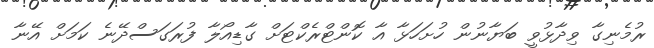
ރުމެނިގާ ވިދާޅުވީ ބަޔާނުން ހުށަހަޅާ އާ ކޮންޓްރެކްޓަށް ގާޑިއޯލާ ފުރަގަސްދޭނެ ކަމަށް އޭނާ